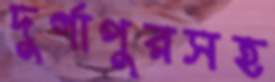
দুর্গাপুরসহ